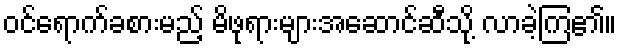
ဝင်ရောက်ခစားမည့် မိဖုရားများအဆောင်ဆီသို့ လာခဲ့ကြ၏။